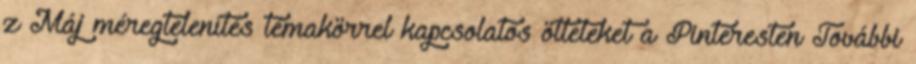
z Máj méregtelenítés témakörrel kapcsolatos ötleteket a Pinteresten További